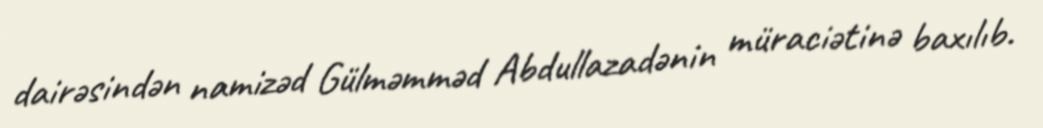
dairəsindən namizəd Gülməmməd Abdullazadənin müraciətinə baxılıb.